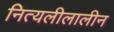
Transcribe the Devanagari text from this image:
नित्यलीलालीन